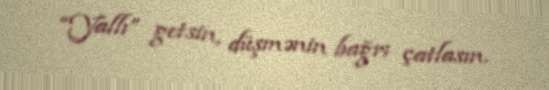
“Yallı” getsin, düşmənin bağrı çatlasın.